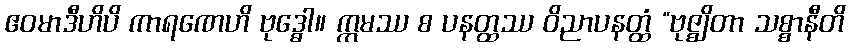
ဧဝမာဒီဟိပိ ကာရဏေဟိ ဗုဒ္ဓေါ။ ဣမဿ စ ပနတ္ထဿ ဝိညာပနတ္ထံ “ဗုဇ္ဈိတာ သစ္စာနီတိ